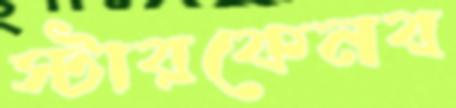
স্টারকেনব